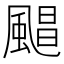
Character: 𮨮